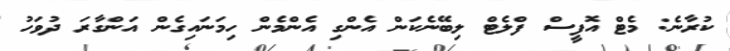
ކުރާނެ: މެޓް އޮފީސް ފްލެޓް ލިބޭނެކަން އެންގި އެންމެން ހިމަނައިގެން އަންގާރަ ދުވަހު